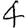
Digit: 4